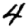
Digit: 4